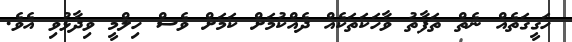
ހަގީގަތެއް ނެތް ތަފާތު ވާހަކަތަކެއް ދެއްކުމަށް ކަމަށް ވެސް ހިލްމީ ވިދާޅުވި އެވެ.